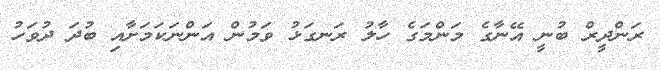
ރަންދީރް ބުނީ އޭނާގެ މަންމަގެ ހާލު ރަނގަޅު ވަމުން އަންނަކަމަށާއި ބުދަ ދުވަހު